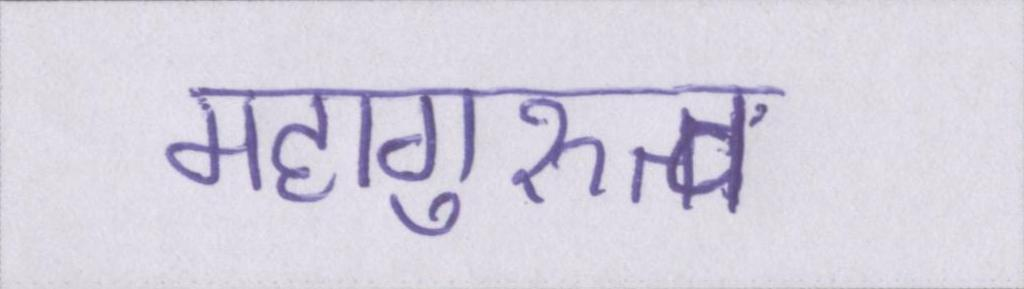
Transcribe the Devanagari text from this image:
महागुरुत्व